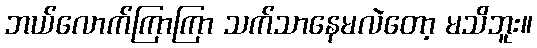
ဘယ်လောက်ကြာကြာ သက်သာနေမလဲတော့ မသိဘူး။